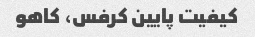
کیفیت پایین کرفس، کاهو